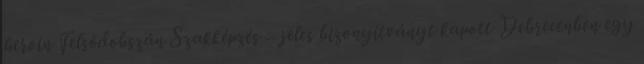
heroin Felsődobszán Szakképzés – jeles bizonyítványt kapott Debrecenben egy